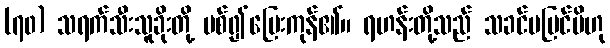
(၇၀) သရက်သီးသူခိုးတို့ ပစ်၍ပြေးကုန်၏။ ရဟန်းတို့သည် သခင်မမြင်မိဟု